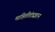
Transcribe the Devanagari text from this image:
माहितीतंत्रज्ञान